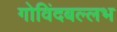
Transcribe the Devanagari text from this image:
गोविंदबल्लभ